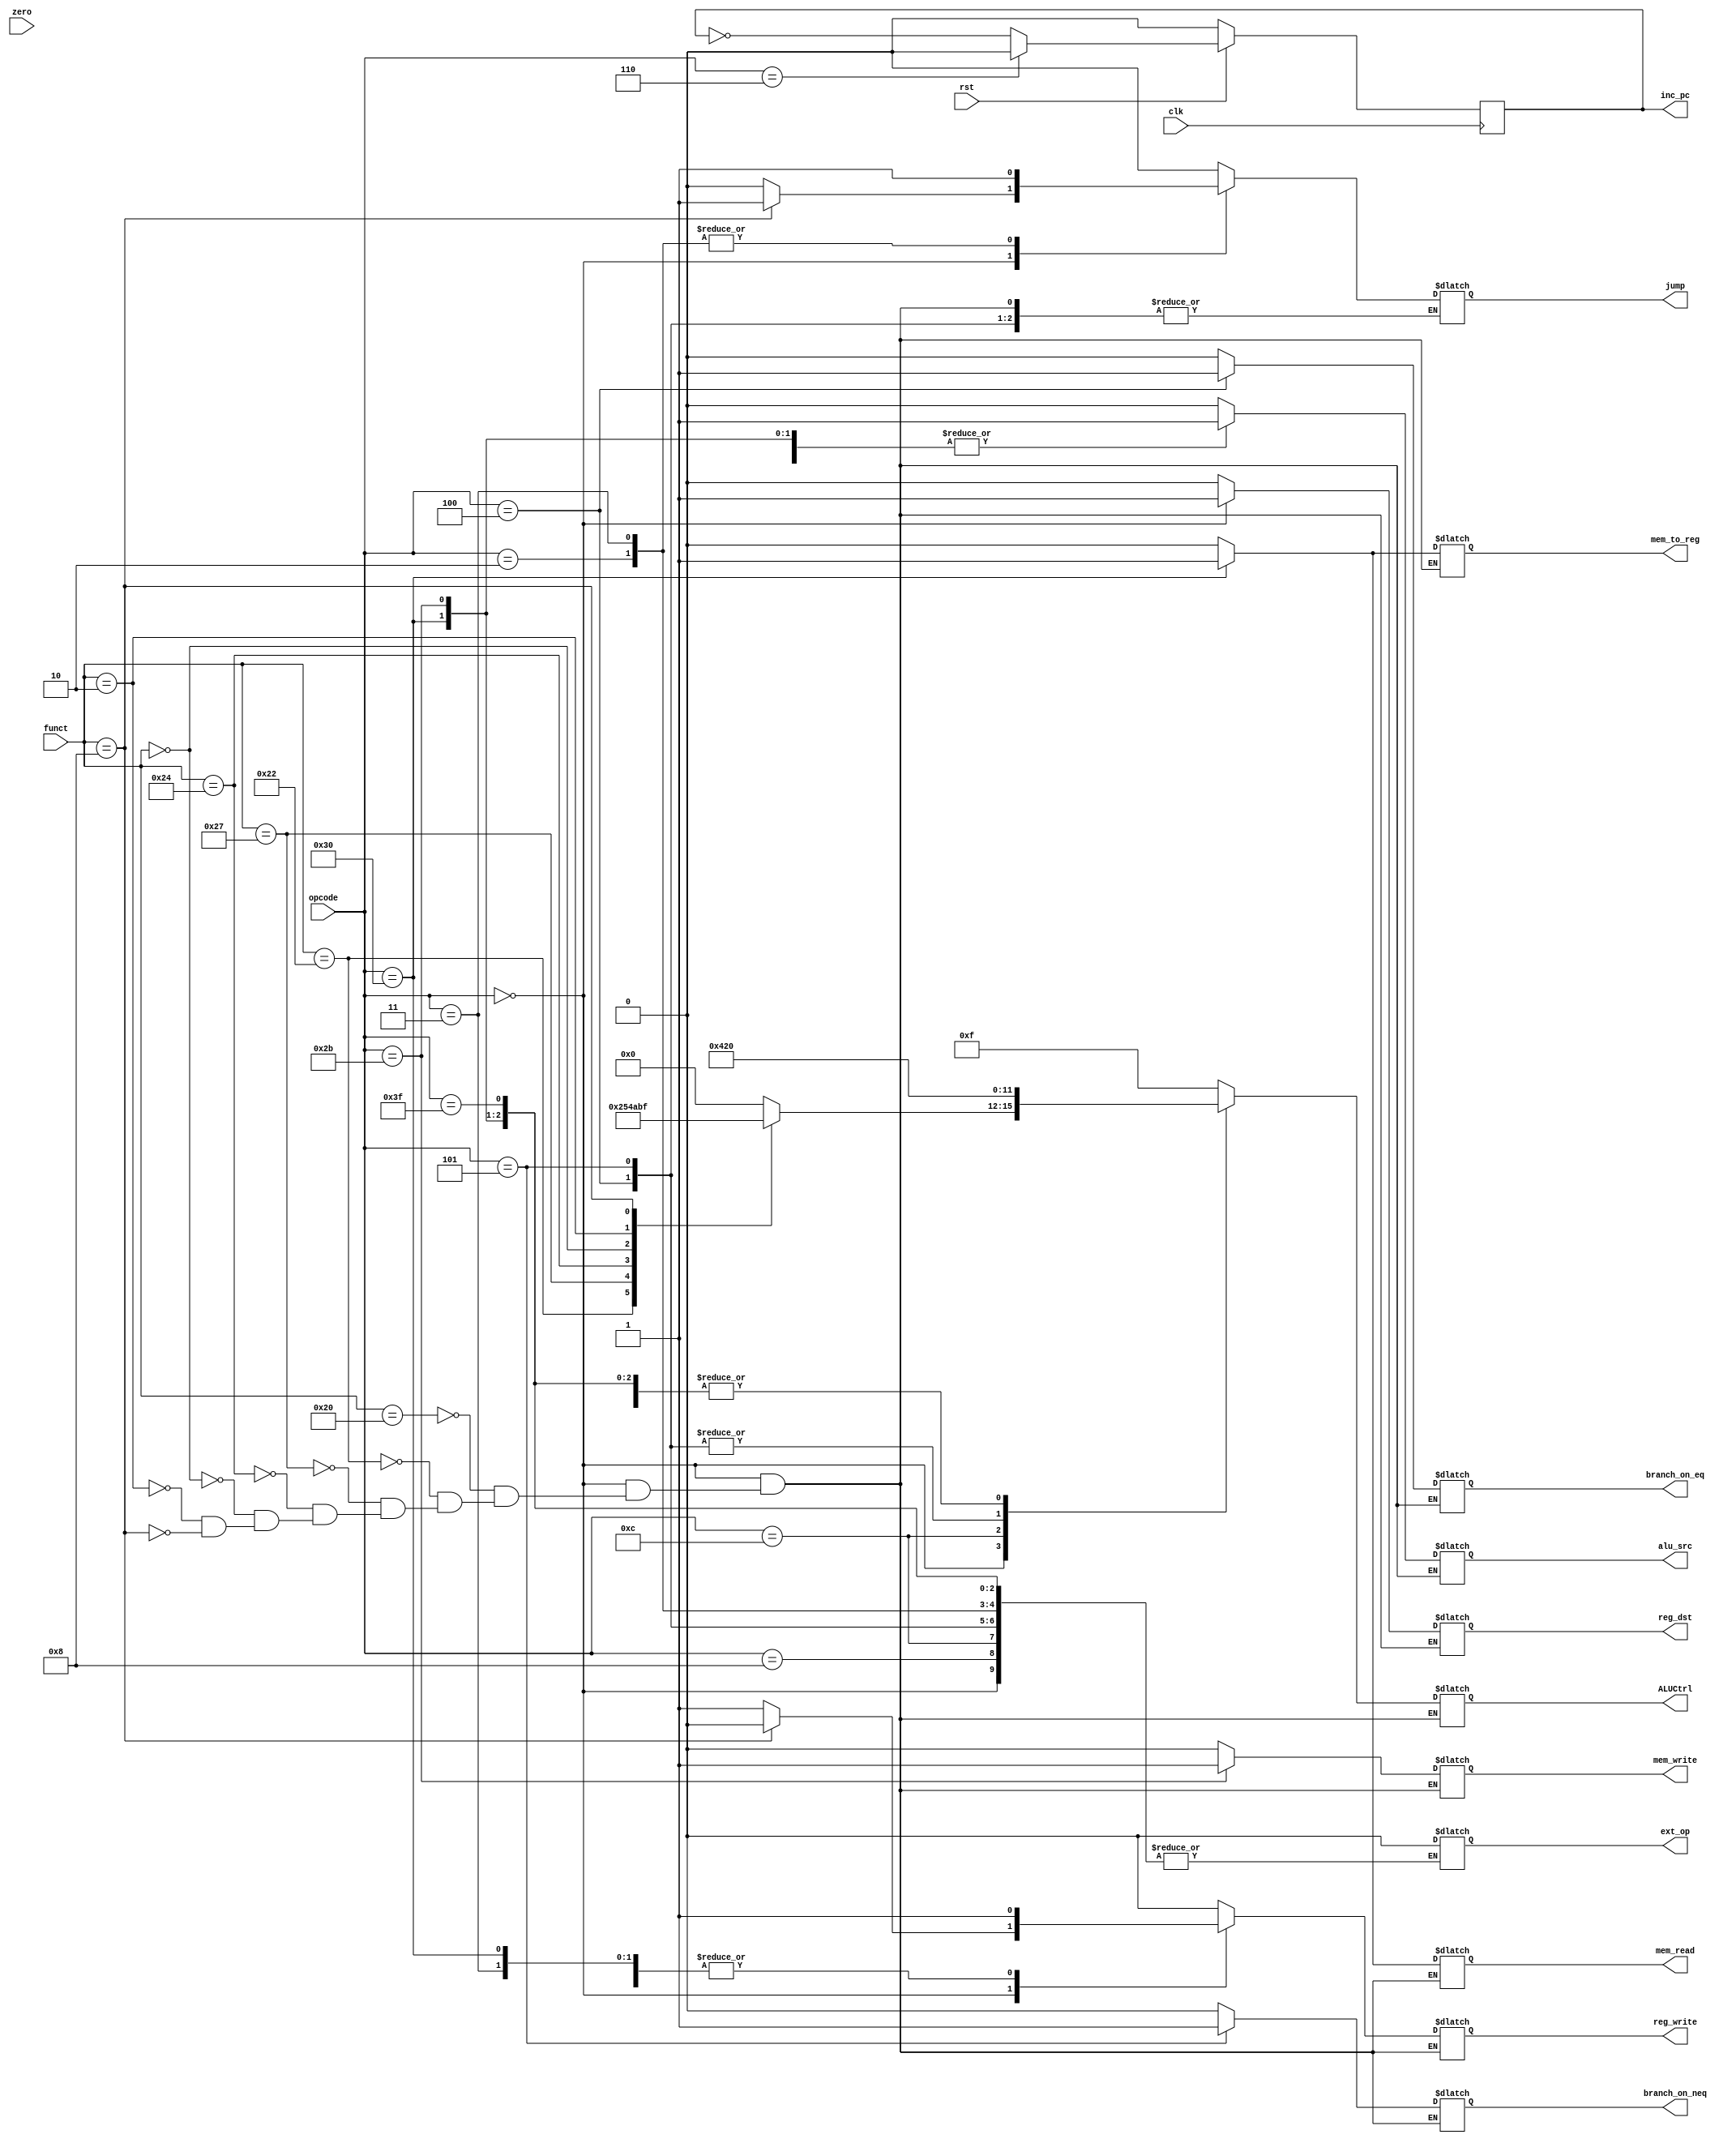
module FSM(
	input clk,
	input rst,
	input zero,
	input [5:0]opcode,
	input [5:0]funct,
	output reg reg_dst, reg_write, ext_op, alu_src, mem_read, mem_write, mem_to_reg, branch_on_eq, branch_on_neq, jump, inc_pc,
	output reg [3:0]ALUCtrl);
	
	always @(*)
		begin
			case(opcode)
				// R-type instruction
				6'b000000:
				begin
					case(funct)
					6'b100000://Add
						begin
							reg_dst=1'b1;
							reg_write=1'b1;
							alu_src = 1'b0;
							branch_on_eq = 1'b0;
							branch_on_neq = 1'b0;
							jump = 1'b0;
							mem_read = 1'b0;
							mem_write = 1'b0;
							mem_to_reg = 1'b0;
							ALUCtrl=4'b0000;
						end	
					6'b100010://Subtarct
						begin
							reg_dst=1'b1;
							reg_write=1'b1;
							alu_src = 1'b0;
							branch_on_eq = 1'b0;
							branch_on_neq = 1'b0;
							jump = 1'b0;
							mem_read = 1'b0;
							mem_write = 1'b0;
							mem_to_reg = 1'b0;
							ALUCtrl=4'b0010;
						end
					6'b100111://NOR
						begin
							reg_dst=1'b1;
							reg_write=1'b1;
							alu_src = 1'b0;
							branch_on_eq = 1'b0;
							branch_on_neq = 1'b0;
							jump = 1'b0;
							mem_read = 1'b0;
							mem_write = 1'b0;
							mem_to_reg = 1'b0;
							ALUCtrl=4'b0101;
						end
					6'b100100://AND
						begin
							reg_dst=1'b1;
							reg_write=1'b1;
							alu_src = 1'b0;
							branch_on_eq = 1'b0;
							branch_on_neq = 1'b0;
							jump = 1'b0;
							mem_read = 1'b0;
							mem_write = 1'b0;
							mem_to_reg = 1'b0;
							ALUCtrl=4'b0100;
						end
					6'b000000://Shift Left
						begin
							reg_dst=1'b1;
							reg_write=1'b1;
							alu_src = 1'b0;
							branch_on_eq = 1'b0;
							branch_on_neq = 1'b0;
							jump = 1'b0;
							mem_read = 1'b0;
							mem_write = 1'b0;
							mem_to_reg = 1'b0;
							ALUCtrl=4'b1010;
						end
					6'b000010://Shift Right
						begin
							reg_dst=1'b1;
							reg_write=1'b1;
							branch_on_eq = 1'b0;
							branch_on_neq = 1'b0;
							jump = 1'b0;
							alu_src = 1'b0;
							mem_read = 1'b0;
							mem_write = 1'b0;
							mem_to_reg = 1'b0;
							ALUCtrl=4'b1011;
						end
					6'b001000://Jump Reg
						begin
							jump = 1'b1;
							branch_on_eq = 1'b0;
							branch_on_neq = 1'b0;
							mem_read = 1'b0;
							mem_write = 1'b0;
							mem_to_reg = 1'bx;
							reg_dst = 1'bx;
							reg_write = 1'b0;
							alu_src = 1'bx;
							ALUCtrl = 4'b1111;
						end
					endcase
				end
				
				6'b001000://Add Immediate
				begin
					reg_dst = 1'b0;
					branch_on_eq = 1'b0;
					branch_on_neq = 1'b0;
					jump = 1'b0;
					mem_read = 1'b0;
					mem_write = 1'b0;
					mem_to_reg = 1'b0;
					alu_src = 1'b1;
					reg_write = 1'b1;
					ALUCtrl = 4'b0000;
				end

				6'b001100://And Immediate
				begin
					reg_dst = 1'b0;
					branch_on_eq = 1'b0;
					branch_on_neq = 1'b0;
					jump = 1'b0;
					mem_read = 1'b0;
					mem_write = 1'b0;
					mem_to_reg = 1'b0;
					alu_src = 1'b1;
					reg_write = 1'b1;
					ALUCtrl = 4'b0100;
				end

				6'b000100://Branch on EQ
				begin
					reg_dst = 1'bx;
					branch_on_eq = 1'b1;
					branch_on_neq = 1'b0;
					mem_read = 1'b0;
					mem_write = 1'b0;
					mem_to_reg = 1'b0;
					alu_src = 1'b0;
					reg_write = 1'b0;
					ALUCtrl = 4'b0010;
				end


				6'b000101://Branch on NEQ
				begin
					reg_dst = 1'bx;
					branch_on_eq = 1'b0;
					branch_on_neq = 1'b1;
					mem_read = 1'b0;
					mem_write = 1'b0;
					mem_to_reg = 1'b0;
					alu_src = 1'b0;
					reg_write = 1'b0;
					ALUCtrl = 4'b0010;
				end


				6'b000010://Jump
				begin
					reg_dst = 1'bx;
					branch_on_eq = 1'b0;
					branch_on_neq = 1'b0;
					jump = 1'b1;
					mem_read = 1'b0;
					mem_write = 1'b0;
					mem_to_reg = 1'bx;
					alu_src = 1'bx;
					reg_write = 1'bx;
					ALUCtrl = 4'b1111;
				end


				6'b000011://Jump and Link
				begin
					reg_dst = 1'bx;
					branch_on_eq = 1'b0;
					branch_on_neq = 1'b0;
					jump = 1'b1;
					mem_read = 1'b0;
					mem_write = 1'b0;
					mem_to_reg = 1'bx;
					alu_src = 1'bx;
					reg_write = 1'b1;
					ALUCtrl = 4'b1111;
				end

				6'b110000://Load Word
				begin
					reg_dst = 1'b0;
					branch_on_eq = 1'b0;
					branch_on_neq = 1'b0;
					jump = 1'b0;
					mem_read = 1'b1;
					mem_write = 1'b0;
					mem_to_reg = 1'b1;
					alu_src = 1'b1;
					reg_write = 1'b1;
					ALUCtrl = 4'b0000;
				end

				6'b101011://Store Word
				begin
					reg_dst = 1'b0;
					branch_on_eq = 1'b0;
					branch_on_neq = 1'b0;
					jump = 1'b0;
					mem_read = 1'b0;
					mem_write = 1'b1;
					mem_to_reg = 1'b0;
					alu_src = 1'b1;
					reg_write = 1'b0;
					ALUCtrl = 4'b0000;
				end

				6'b111111://No operation
				begin
					reg_dst = 1'bx;
					branch_on_eq = 1'b0;
					branch_on_neq = 1'b0;
					jump = 1'b0;
					mem_read = 1'b0;
					mem_write = 1'b0;
					mem_to_reg = 1'bx;
					alu_src = 1'bx;
					reg_write = 1'b0;
					ALUCtrl = 4'b0000;
				end

				default:
				begin
					reg_dst = 1'b0;
					reg_write = 1'b0;
					ext_op = 1'b0;
					alu_src = 1'b0;
					mem_write = 1'b0;
					mem_read = 1'b0;
					mem_to_reg = 1'b0;
					branch_on_eq = 1'b0;
					branch_on_neq = 1'b0;
					jump = 1'b0;
					ALUCtrl=4'b1111;
				end
			endcase
		end

		always @(posedge clk) begin
			if (rst == 1'b0)
				inc_pc <= 0;
			else if(opcode==6'b000110) //stall
				inc_pc <= 0;
			else 
				inc_pc <= ~inc_pc;
		end

endmodule